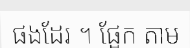
ផងដែរ ។ ផ្អែក តាម